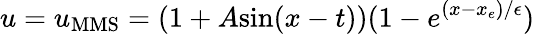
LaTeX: u=u_{\mathrm{MMS}}=(1+A\mathrm{sin}(x-t))(1-e^{(x-x_{e})/\epsilon})